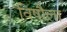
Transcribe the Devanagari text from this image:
विषौला